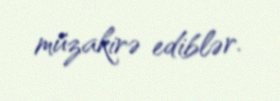
müzakirə ediblər.